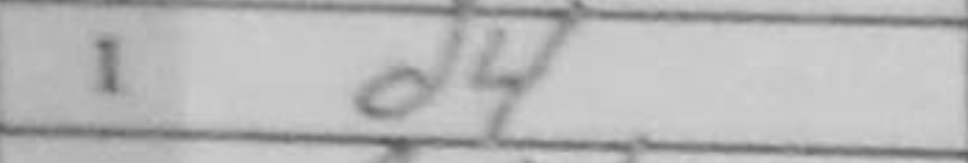
Transcription: d4